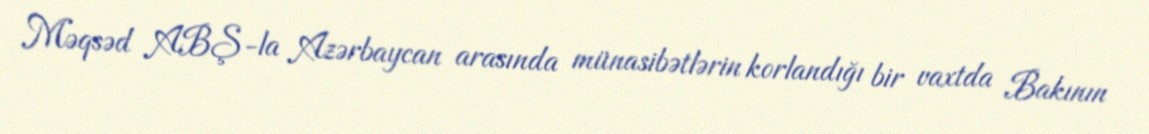
Məqsəd ABŞ-la Azərbaycan arasında münasibətlərin korlandığı bir vaxtda Bakının